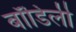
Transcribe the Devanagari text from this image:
बॉडिली